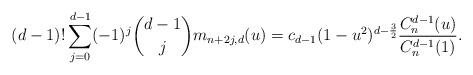
LaTeX: \begin{align*}(d-1)! \sum_{j=0}^{d-1} (-1)^j \binom{d-1}{j} m_{n+2j,d}(u) = c_{d-1}(1-u^2)^{d-\frac32} \frac{C_n^{d-1}(u)}{C_n^{d-1}(1)}.\end{align*}